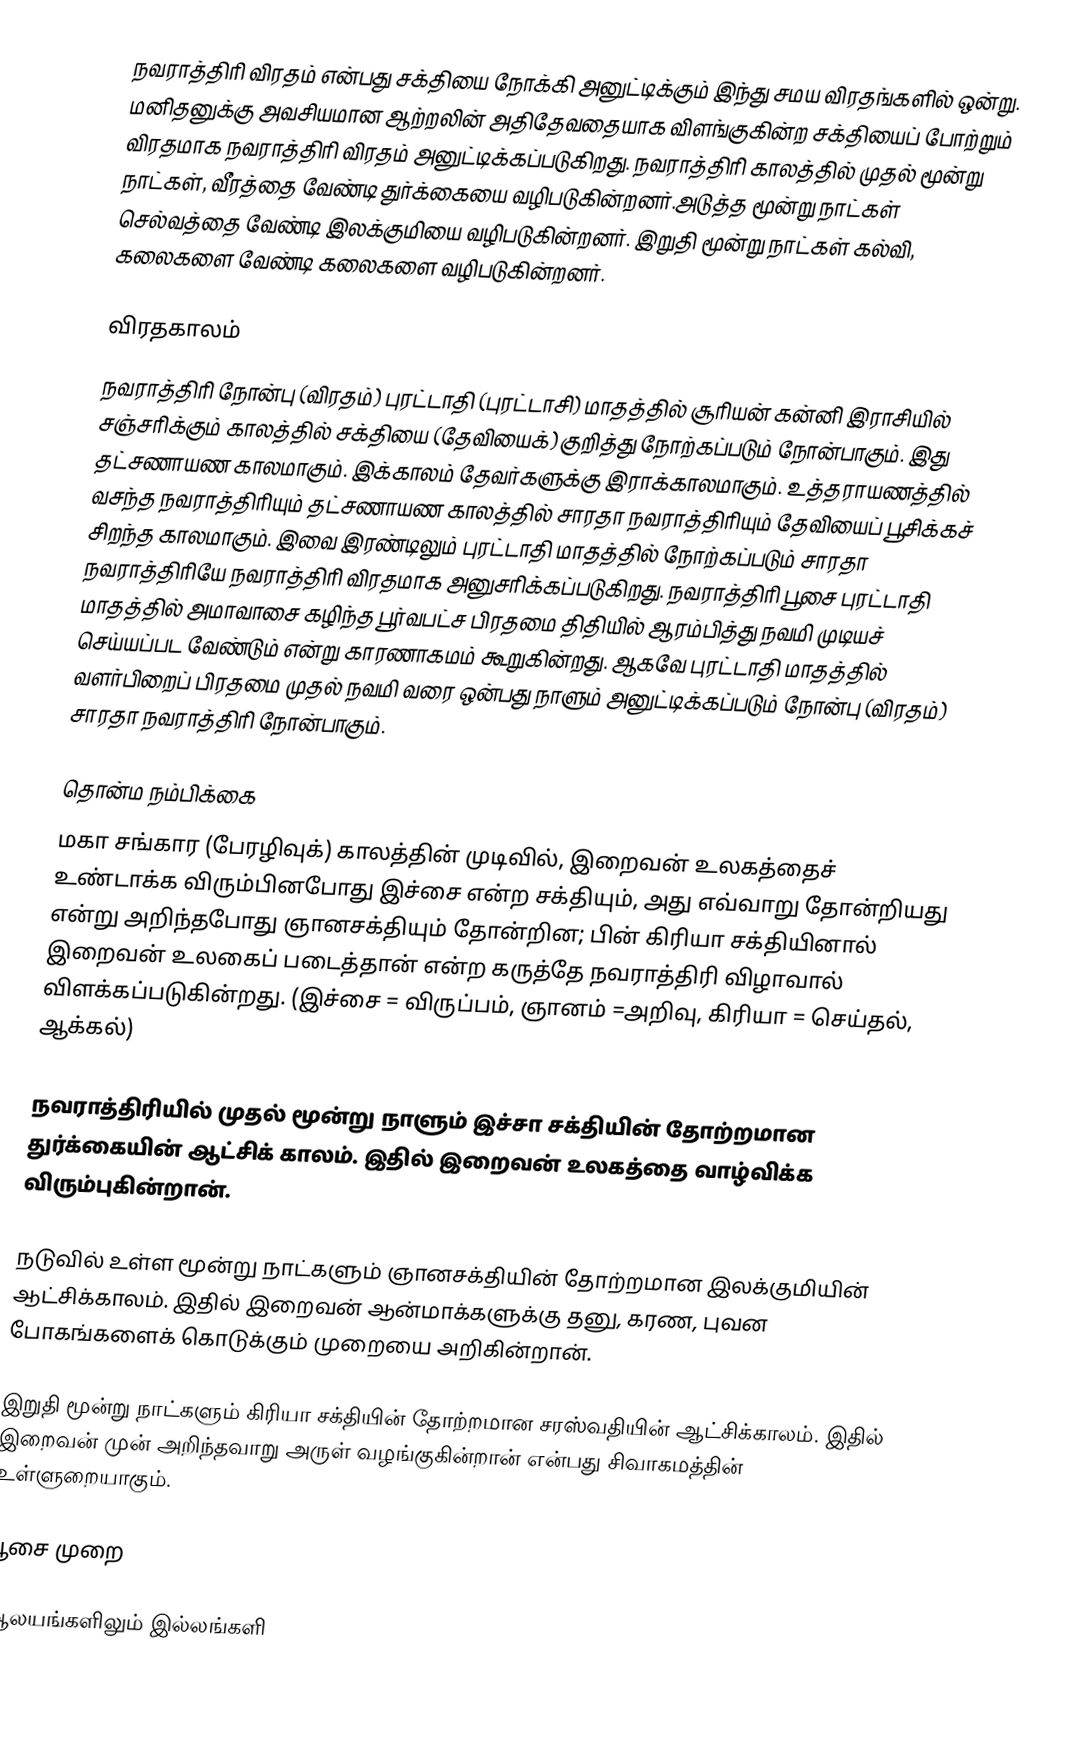
நவராத்திரி விரதம் என்பது சக்தியை நோக்கி அனுட்டிக்கும் இந்து சமய விரதங்களில் ஒன்று. மனிதனுக்கு அவசியமான ஆற்றலின் அதிதேவதையாக விளங்குகின்ற சக்தியைப் போற்றும் விரதமாக நவராத்திரி விரதம் அனுட்டிக்கப்படுகிறது. நவராத்திரி காலத்தில் முதல் மூன்று நாட்கள், வீரத்தை வேண்டி துர்க்கையை வழிபடுகின்றனர்.அடுத்த மூன்று நாட்கள் செல்வத்தை வேண்டி இலக்குமியை வழிபடுகின்றனர். இறுதி மூன்று நாட்கள் கல்வி, கலைகளை வேண்டி கலைகளை வழிபடுகின்றனர்.

விரதகாலம்
நவராத்திரி நோன்பு (விரதம்) புரட்டாதி (புரட்டாசி) மாதத்தில் சூரியன் கன்னி இராசியில் சஞ்சரிக்கும் காலத்தில் சக்தியை (தேவியைக்) குறித்து நோற்கப்படும் நோன்பாகும். இது தட்சணாயண காலமாகும். இக்காலம் தேவர்களுக்கு இராக்காலமாகும். உத்தராயணத்தில் வசந்த நவராத்திரியும் தட்சணாயண காலத்தில் சாரதா நவராத்திரியும் தேவியைப் பூசிக்கச் சிறந்த காலமாகும். இவை இரண்டிலும் புரட்டாதி மாதத்தில் நோற்கப்படும் சாரதா நவராத்திரியே நவராத்திரி விரதமாக அனுசரிக்கப்படுகிறது. நவராத்திரி பூசை புரட்டாதி மாதத்தில் அமாவாசை கழிந்த பூர்வபட்ச பிரதமை திதியில் ஆரம்பித்து நவமி முடியச் செய்யப்பட வேண்டும் என்று காரணாகமம் கூறுகின்றது. ஆகவே புரட்டாதி மாதத்தில் வளர்பிறைப் பிரதமை முதல் நவமி வரை ஒன்பது நாளும் அனுட்டிக்கப்படும் நோன்பு (விரதம்) சாரதா நவராத்திரி நோன்பாகும்.

தொன்ம நம்பிக்கை
மகா சங்கார (பேரழிவுக்) காலத்தின் முடிவில், இறைவன் உலகத்தைச் உண்டாக்க விரும்பினபோது இச்சை என்ற சக்தியும், அது எவ்வாறு தோன்றியது என்று அறிந்தபோது ஞானசக்தியும் தோன்றின; பின் கிரியா சக்தியினால் இறைவன் உலகைப் படைத்தான் என்ற கருத்தே நவராத்திரி விழாவால் விளக்கப்படுகின்றது. (இச்சை = விருப்பம், ஞானம் =அறிவு, கிரியா = செய்தல், ஆக்கல்)

 நவராத்திரியில் முதல் மூன்று நாளும் இச்சா சக்தியின் தோற்றமான துர்க்கையின் ஆட்சிக் காலம். இதில் இறைவன் உலகத்தை வாழ்விக்க விரும்புகின்றான்.

 நடுவில் உள்ள மூன்று நாட்களும் ஞானசக்தியின் தோற்றமான இலக்குமியின் ஆட்சிக்காலம். இதில் இறைவன் ஆன்மாக்களுக்கு தனு, கரண, புவன போகங்களைக் கொடுக்கும் முறையை அறிகின்றான்.

 இறுதி மூன்று நாட்களும் கிரியா சக்தியின் தோற்றமான சரஸ்வதியின் ஆட்சிக்காலம். இதில் இறைவன் முன் அறிந்தவாறு அருள் வழங்குகின்றான் என்பது சிவாகமத்தின் உள்ளுறையாகும்.

பூசை முறை

ஆலயங்களிலும் இல்லங்களி